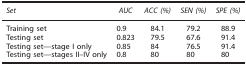
<table><thead><tr><td><b><i>Set</i></b></td><td><b><i>AUC</i></b></td><td><b><i>ACC (%)</i></b></td><td><b><i>SEN (%)</i></b></td><td><b><i>SPE (%)</i></b></td></tr></thead><tbody><tr><td>Training set</td><td>0.9</td><td>84.1</td><td>79.2</td><td>88.9</td></tr><tr><td>Testing set</td><td>0.823</td><td>79.5</td><td>67.6</td><td>91.4</td></tr><tr><td>Testing set—stage I only</td><td>0.85</td><td>84</td><td>76.5</td><td>91.4</td></tr><tr><td>Testing set—stages II–IV only</td><td>0.8</td><td>80</td><td>80</td><td>80</td></tr></tbody></table>